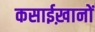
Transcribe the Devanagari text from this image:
कसाईख़ानों